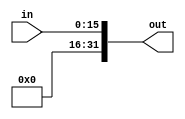
module zero_extend_16(in,out);

input [15:0] in;

output [31:0] out;

or or1(out[31],1'b0,1'b0);
or or2(out[30],1'b0,1'b0);
or or3(out[29],1'b0,1'b0);
or or4(out[28],1'b0,1'b0);
or or5(out[27],1'b0,1'b0);
or or6(out[26],1'b0,1'b0);
or or7(out[25],1'b0,1'b0);
or or8(out[24],1'b0,1'b0);
or or9(out[23],1'b0,1'b0);
or or10(out[22],1'b0,1'b0);
or or11(out[21],1'b0,1'b0);
or or12(out[20],1'b0,1'b0);
or or13(out[19],1'b0,1'b0);
or or14(out[18],1'b0,1'b0);
or or15(out[17],1'b0,1'b0);
or or16(out[16],1'b0,1'b0);
or or17(out[15],1'b0,in[15]);
or or18(out[14],1'b0,in[14]);
or or19(out[13],1'b0,in[13]);
or or20(out[12],1'b0,in[12]);
or or21(out[11],1'b0,in[11]);
or or22(out[10],1'b0,in[10]);
or or23(out[9],1'b0,in[09]);
or or24(out[8],1'b0,in[08]);
or or25(out[7],1'b0,in[07]);
or or26(out[6],1'b0,in[06]);
or or27(out[5],1'b0,in[05]);
or or28(out[4],1'b0,in[04]);
or or29(out[3],1'b0,in[03]);
or or30(out[2],1'b0,in[02]);
or or31(out[1],1'b0,in[01]);
or or32(out[0],1'b0,in[00]);

endmodule